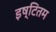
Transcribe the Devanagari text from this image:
इष्टितम